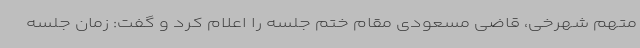
متهم شهرخی، قاضی مسعودی مقام ختم جلسه را اعلام کرد و گفت: زمان جلسه